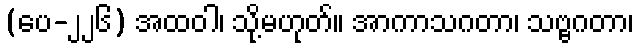
(ပေ-၂၂၆) အထဝါ၊ သို့မဟုတ်။ အာကာသဂတာ၊ သဗ္ဗဂတာ၊